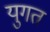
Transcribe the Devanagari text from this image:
युगत